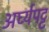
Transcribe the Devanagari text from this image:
अर्घ्यपट्ट